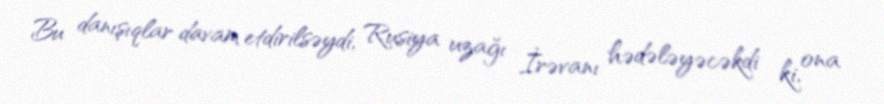
Bu danışıqlar davam etdirilsəydi, Rusiya uzağı İrəvanı hədələyəcəkdi ki, ona